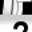
Digit: 2